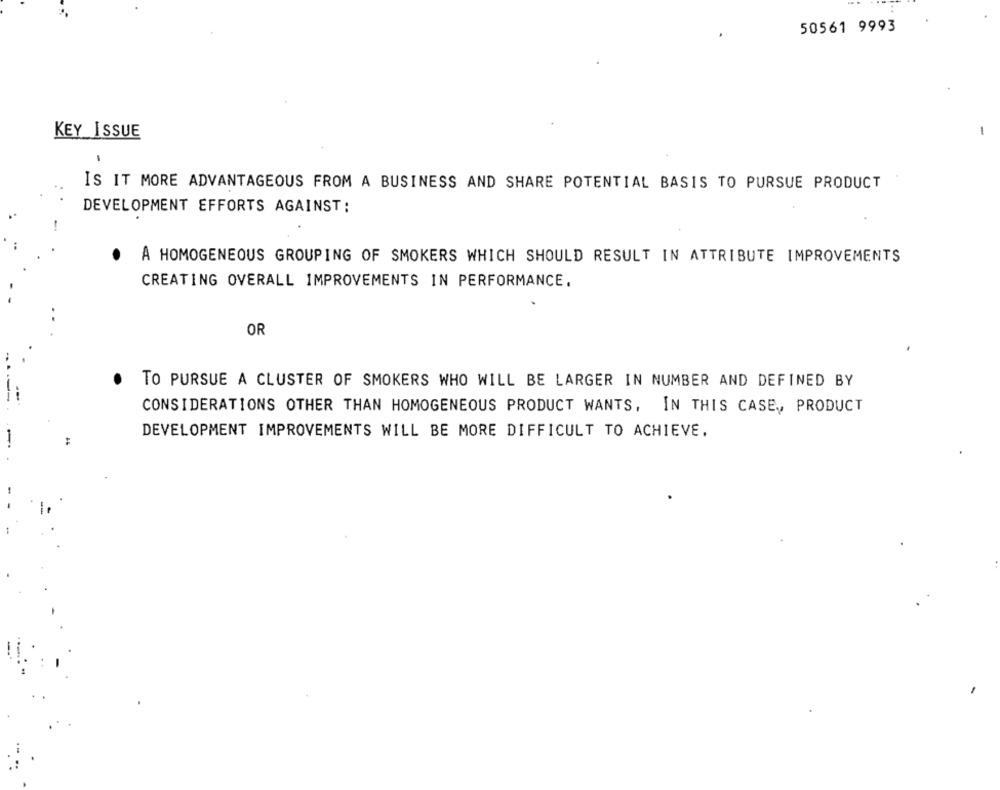
50561 9993
KEY ISSUE
-
IS IT MORE ADVANTAGEOUS FROM A BUSINESS AND SHARE POTENTIAL BASIS TO PURSUE PRODUCT
DEVELOPMENT EFFORTS AGAINST:
A HOMOGENEOUS GROUPING OF SMOKERS WHICH SHOULD RESULT IN ATTRIBUTE IMPROVEMENTS
CREATING OVERALL IMPROVEMENTS IN PERFORMANCE.
OR
TO PURSUE A CLUSTER OF SMOKERS WHO WILL BE LARGER IN NUMBER AND DEFINED BY
CONSIDERATIONS OTHER THAN HOMOGENEOUS PRODUCT WANTS, IN THIS CASE ,, PRODUCT
DEVELOPMENT IMPROVEMENTS WILL BE MORE DIFFICULT TO ACHIEVE.